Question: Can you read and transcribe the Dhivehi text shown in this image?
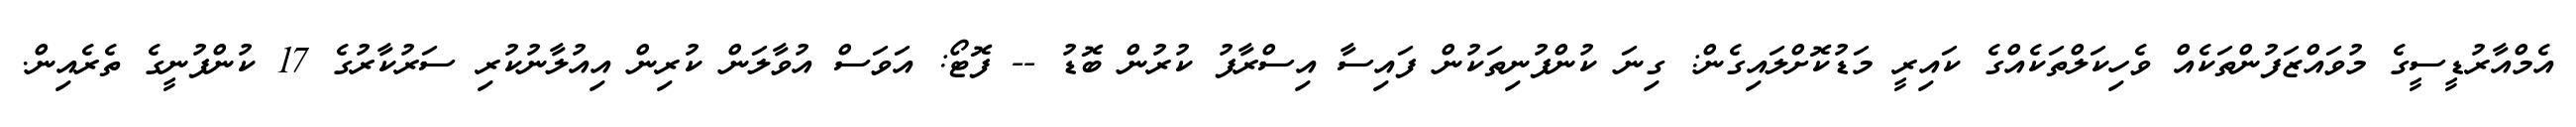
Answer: އެމްއާރުޑީސީގެ މުވައްޒަފުންތަކެއް ވެހިކަލްތަކެއްގެ ކައިރީ މަޑުކޮށްލައިގެން: ގިނަ ކުންފުނިތަކުން ފައިސާ އިސްރާފު ކުރުން ބޮޑު -- ފޮޓޯ: އަވަސް އުވާލަން ކުރިން އިއުލާނުކުރި ސަރުކާރުގެ 17 ކުންފުނީގެ ތެރެއިން.